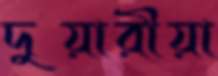
দুয়ারীয়া